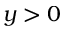
y > 0